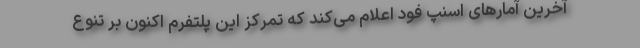
آخرین آمارهای اسنپ فود اعلام می‌کند که تمرکز این پلتفرم اکنون بر تنوع